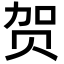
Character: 贺